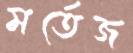
মর্তেজ